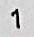
1